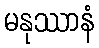
မနုဿာနံ